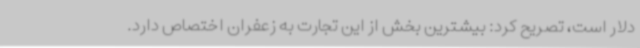
دلار است، تصریح کرد: بیشترین بخش از این تجارت به زعفران اختصاص دارد.